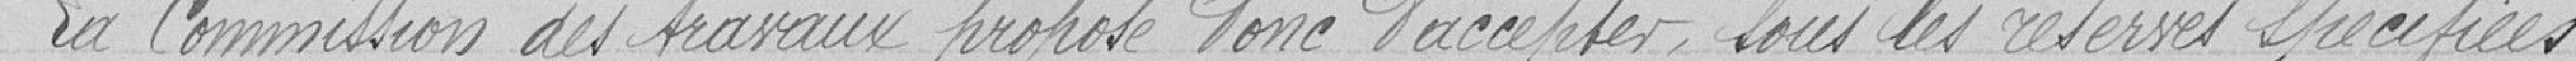
La commission des travaux propose donc d'accepter, sous les réserves spécifiées